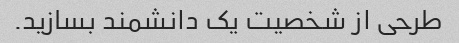
طرحی از شخصیت یک دانشمند بسازید.